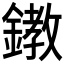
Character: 𨬊